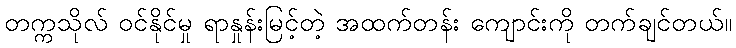
တက္ကသိုလ် ဝင်နိုင်မှု ရာနှုန်းမြင့်တဲ့ အထက်တန်း ကျောင်းကို တက်ချင်တယ်။